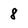
Character: 8